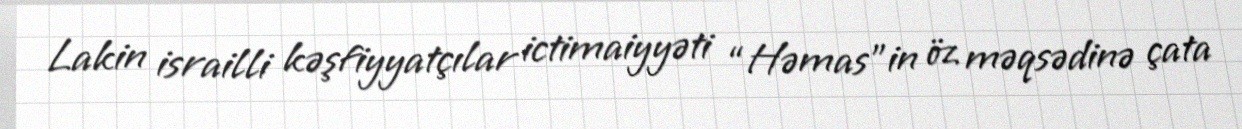
Lakin israilli kəşfiyyatçılar ictimaiyyəti “Həmas”in öz məqsədinə çata